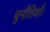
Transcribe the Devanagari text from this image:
चुनौतियाँ।